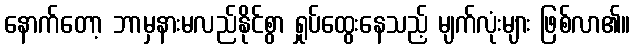
နောက်တော့ ဘာမှနားမလည်နိုင်စွာ ရှုပ်ထွေးနေသည့် မျက်လုံးများ ဖြစ်လာ၏။